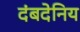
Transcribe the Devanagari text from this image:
दंबदेनिय